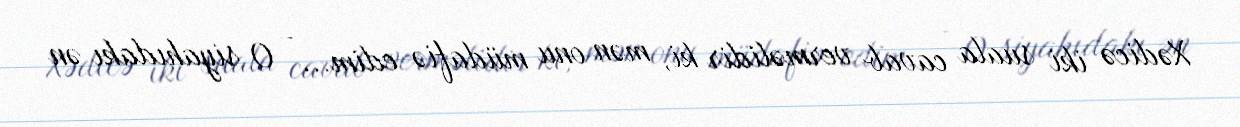
Xədicə iki suala cavab verməlidir ki, mən onu müdafiə edim... - O siyahıdakı ən